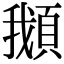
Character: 𩒰